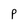
Character: P